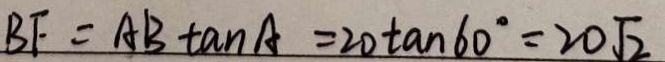
B F = A B \tan A = 2 0 \tan 6 0 ^ { \circ } = 2 0 \sqrt { 2 }